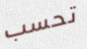
تحسب